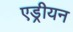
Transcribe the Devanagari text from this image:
एड्रीयन